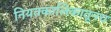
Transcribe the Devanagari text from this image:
नियतकालिकातूनच